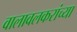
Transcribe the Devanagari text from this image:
वालावलकरांच्या